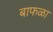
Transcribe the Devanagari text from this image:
बाफळा